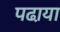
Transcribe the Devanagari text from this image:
पढा़या